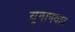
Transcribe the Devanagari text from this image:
यूनानवाद